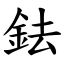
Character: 鉣